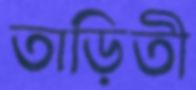
তাড়িতী